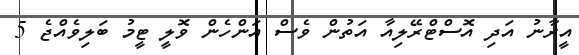
އީރާނު އަދި އޮސްޓްރޭލިއާ އަތުން ވެސް އަންހެން ވޮލީ ޓީމު ބަލިވެއްޖެ 5